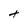
Character: t